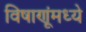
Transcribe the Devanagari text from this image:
विषाणूंमध्ये